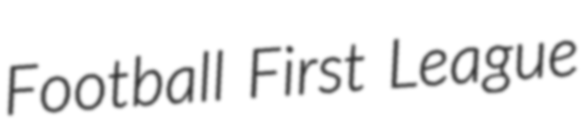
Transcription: Football First League